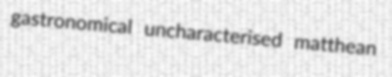
gastronomical uncharacterised matthean